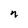
Character: n